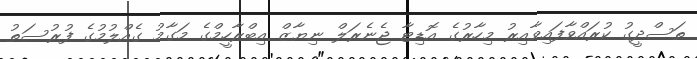
ތަސްދީގު ކުރައްވާފައިވާއިރު މިހާރުގެ އޮޑިޓާ ޖެނެރަލް ނިޔާޒް އިބްރާހީމްގެ މަގާމު ގެއްލުމުގެ ފުރުސަތު